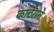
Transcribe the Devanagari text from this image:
कार्टराने